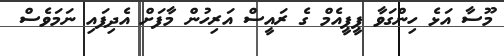
މޫސާ އަޅެ ހިންގަވާ ޕީޕީއެމް ގެ ރައީސް އަރިހުން މާފަށް އެދިފައި ނަމަވެސް